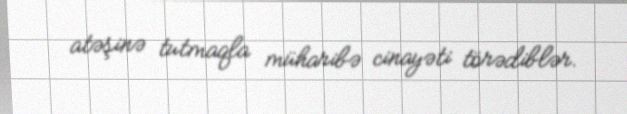
atəşinə tutmaqla müharibə cinayəti törədiblər.